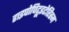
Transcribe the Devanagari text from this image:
हाइपोपिटूइटेरिस्म